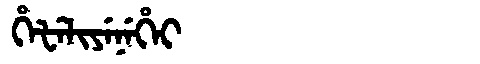
Manchu: ᡥᡝᡶᡝᠯᡳᠶᡝᠨᡝᡥᡝᡳ
Romanization: HEFELIYENEHEI